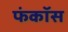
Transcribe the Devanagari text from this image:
फंकॉस